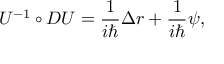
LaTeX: U ^ { - 1 } \circ D U = \frac 1 { i \hbar } \Delta r + \frac 1 { i \hbar } \psi ,